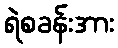
ရဲစခန်းအား